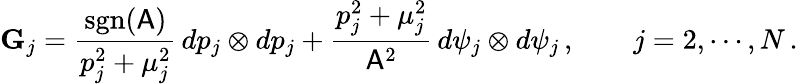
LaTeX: \mathbf{G}_{j}=\frac{\mathrm{sgn}(\mathsf{A})}{p_{j}^{2}+\mu_{j}^{2}}\, dp_{j}\otimes dp_{j}+\frac{p_{j}^{2}+\mu_{j}^{2}}{\mathsf{A}^{2}}\, d\psi_{j}\otimes d\psi_{j}\, ,\qquad j=2,\cdots,N\, .